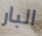
البار